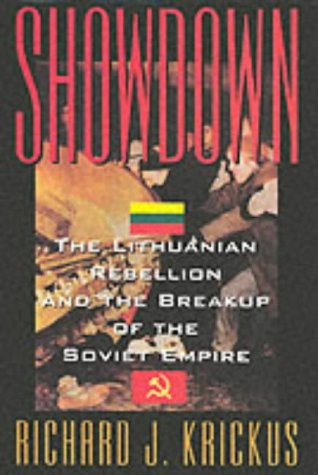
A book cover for Showdown: The Lithuanian Rebellion and the Breakup of the Soviet Empire; Richard J. Krickus; Travel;